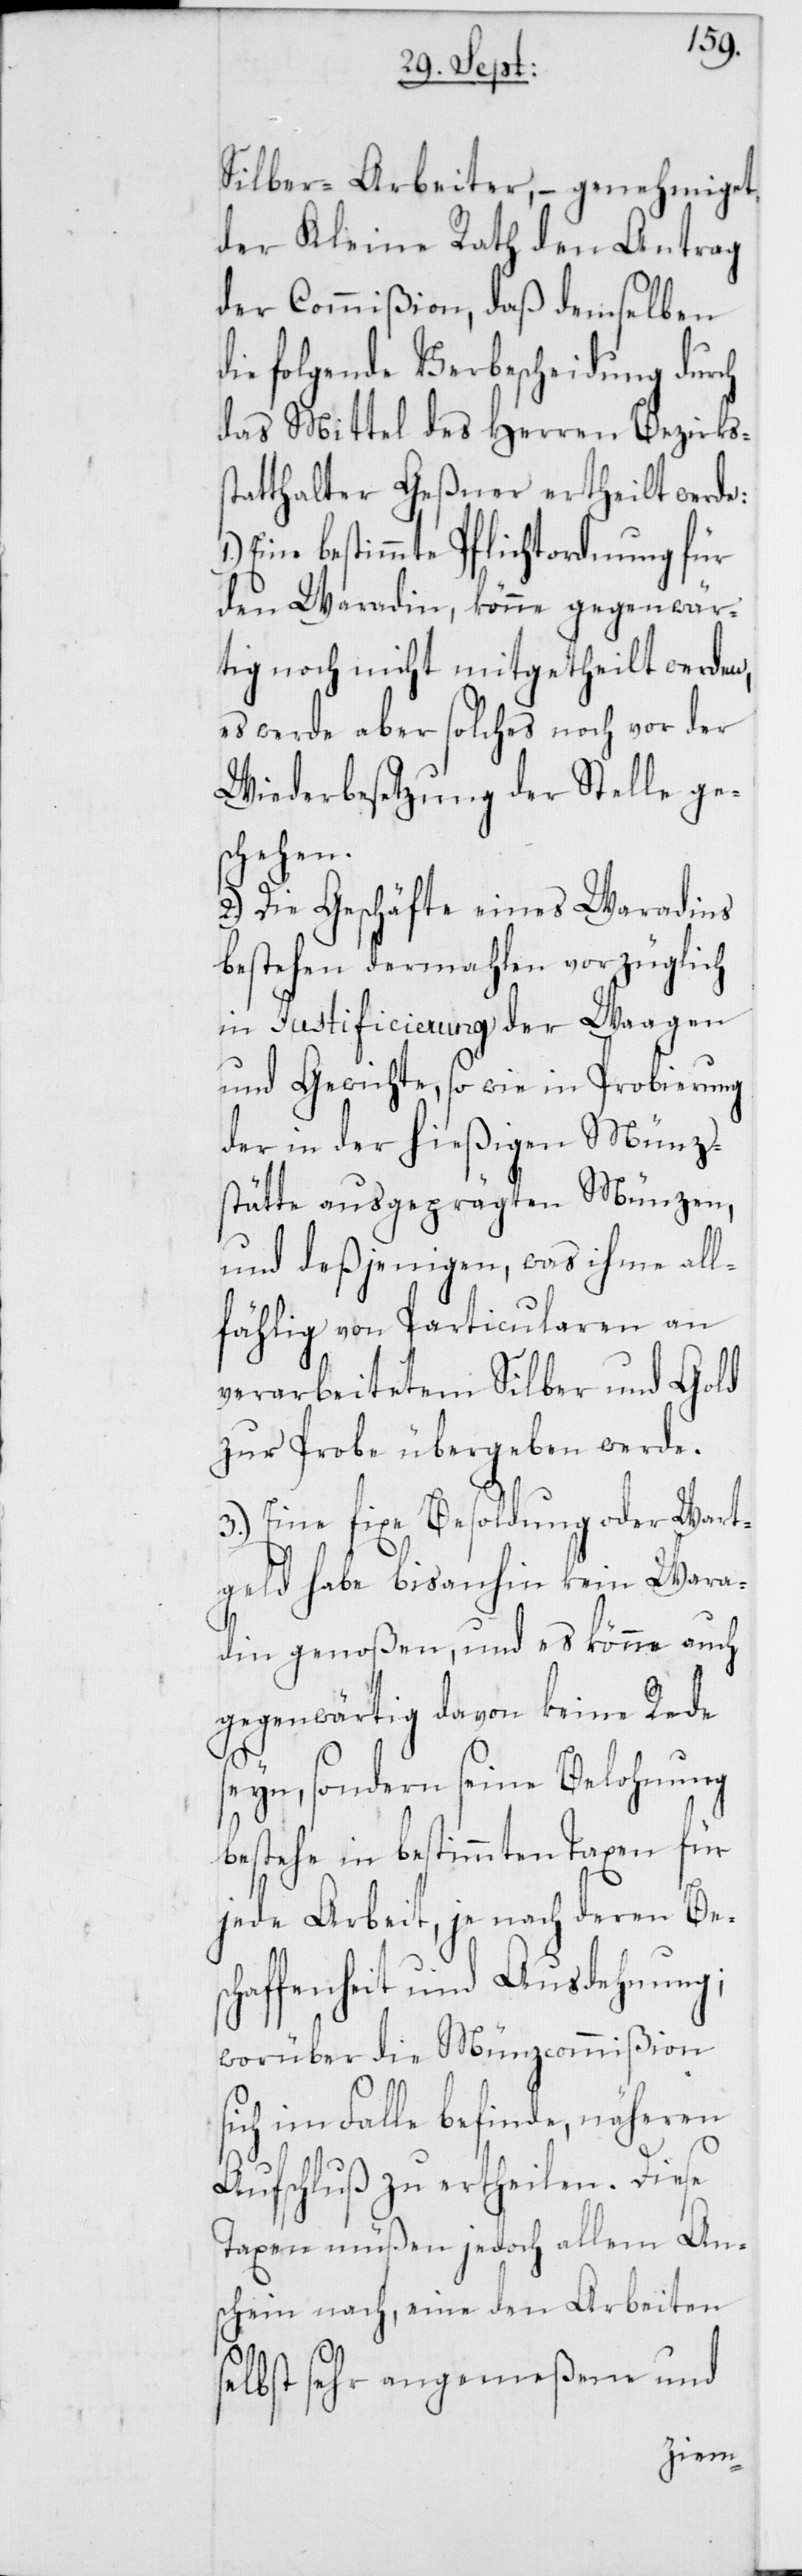
Silber-Arbeiter, – genehmiget
der Kleine Rath den Antrag
der Commißion, daß demselben
die folgende Verbescheidung durch
das Mittel des Herren Bezirkss¬
tatthalter Geßner ertheilt werde:
Eine bestimmte Pflichtordnung für
den Waradin, könne gegenwär¬
tig noch nicht mitgetheilt werden,
es werde aber solches noch vor der
Wiederbesetzung der Stelle ge¬
schehen.
2. Die Geschäfte eines Waradins
bestehen dermahlen vorzüglich
in Justificierung der Waagen
und Gewichte, so wie in Probierung
der in der hießigen Münzs¬
tätte ausgeprägten Münzen,
und deßjenigen, was ihme all¬
fählig von Particularen an
verarbeitetem Silber und Gold
zur Probe übergeben werde.
3. Eine fixe Besoldung oder Wart¬
geld habe bisanhin kein Wara¬
din genoßen, und es könne auch
gegenwärtig davon keine Rede
seyn, sondern seine Belohnung
bestehe in bestimmten Taxen für
jede Arbeit, je nach deren Bes¬
chaffenheit und Ausdehung;
worüber die Münzcommißion
sich im Falle befinde, näheren
Aufschluß zu ertheilen. Diese
Taxen müßen jedoch allem An¬
schein nach, eine den Arbeiten
selbst sehr angemeßene und